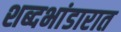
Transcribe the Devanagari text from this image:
शब्दभांडारात